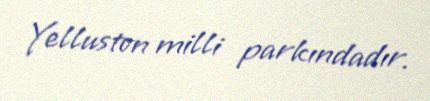
Yelluston milli parkındadır.